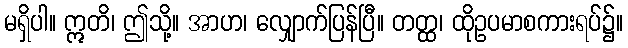
မရှိပါ။ ဣတိ၊ ဤသို့။ အာဟ၊ လျှောက်ပြန်ပြီ။ တတ္ထ၊ ထိုဥပမာစကားရပ်၌။